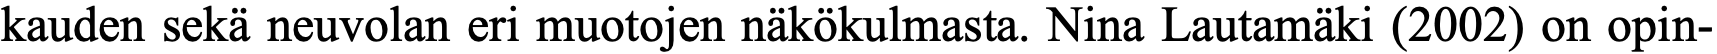
kauden sekä neuvolan eri muotojen näkökulmasta. Nina Lautamäki (2002) on opin-